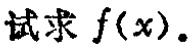
试求 \(f(x)\)。